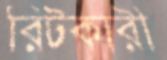
রিটকারী